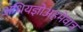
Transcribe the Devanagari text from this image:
अधियज्ञोअहमेवात्र